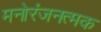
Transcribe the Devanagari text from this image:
मनोरंजनत्मक